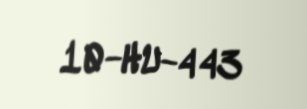
10-HU-443